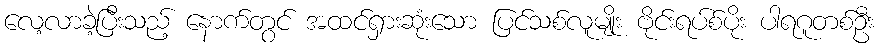
လေ့လာခဲ့ပြီးသည့် နောက်တွင် အထင်ရှားဆုံးသော ပြင်သစ်လူမျိုး ဗိုင်းရပ်စ်ပိုး ပါရဂူတစ်ဦး